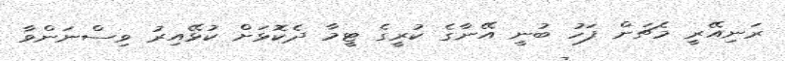
ރަނިއޭރީ މެޗަށް ފަހު ބުނީ އޭނާގެ ކުރީގެ ޓީމާ ދެކޮޅަށް ކުޅޭއިރު ވިސްނަންވާ